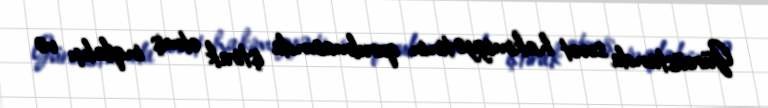
Gürcüstanda sovet hakimiyyətinin qurulmasında iştirak etmiş inqilabçı və